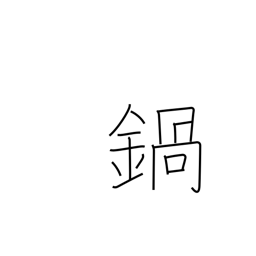
Meaning: pan